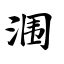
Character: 涠